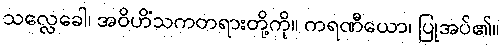
သလ္လေခေါ၊ အဝိဟိံသကတရားတို့ကို။ ကရဏီယော၊ ပြုအပ်၏။